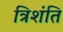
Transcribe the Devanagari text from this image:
त्रिशंति